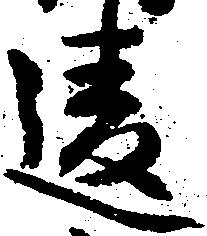
違